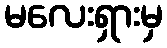
မလေးရှားမှ